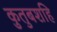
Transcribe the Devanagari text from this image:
कुतुबशहि